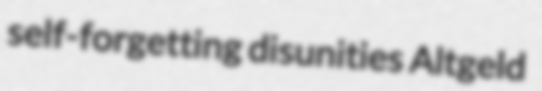
self-forgetting disunities Altgeld